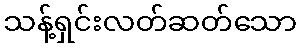
သန့်ရှင်းလတ်ဆတ်သော